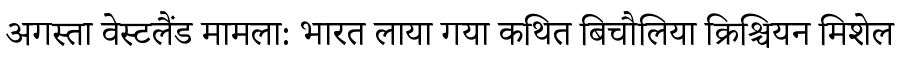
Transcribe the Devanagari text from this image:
अगस्ता वेस्टलैंड मामला: भारत लाया गया कथित बिचौलिया क्रिश्चियन मिशेल